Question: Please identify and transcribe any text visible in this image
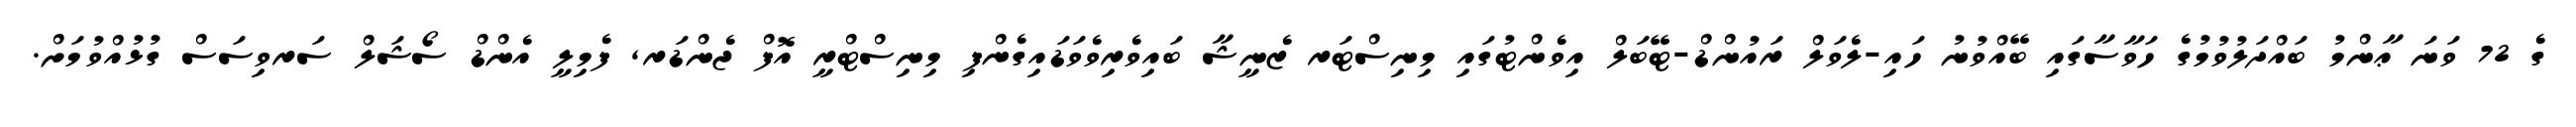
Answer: ގެ 72 ވަނަ ޢާންމު ބައްދަލުވުމުގެ ހަވާސާގައި ބޭއްވުނު ހައި-ލެވަލް ރައުންޑް-ޓޭބަލް އިވެންޓުގައި މިނިސްޓަރ ޒެނީޝާ ބައިވެރިވެވަޑައިގެންފި މިނިސްޓްރީ އޮފް ޖެންޑަރ, ފެމިލީ އެންޑް ސޯޝަލް ސަރވިސަސް ގުޅުއްވުމަށް.